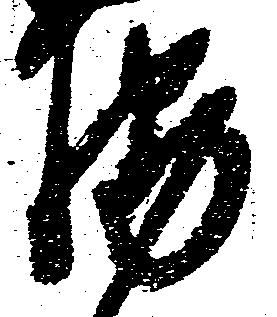
輔